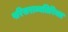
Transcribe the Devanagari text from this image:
परिसराव्यतिरिक्त